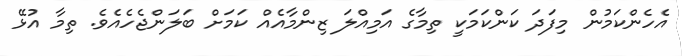
އެހެންކަމުން މިފަދަ ކަންކަމަކީ ތިމާގެ އަމިއްލަ ޒިންމާއެއް ކަމަށް ބަލަންޖެހެއެވެ. ތިމާ އުޅޭ